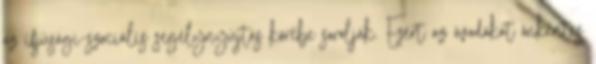
az ifjúsági-szociális segélynyújtás körébe sorolják. Ezért az óvodákat önkéntes